Venemaal_asunud_Eesti_seltside_dokumendid, lk 22
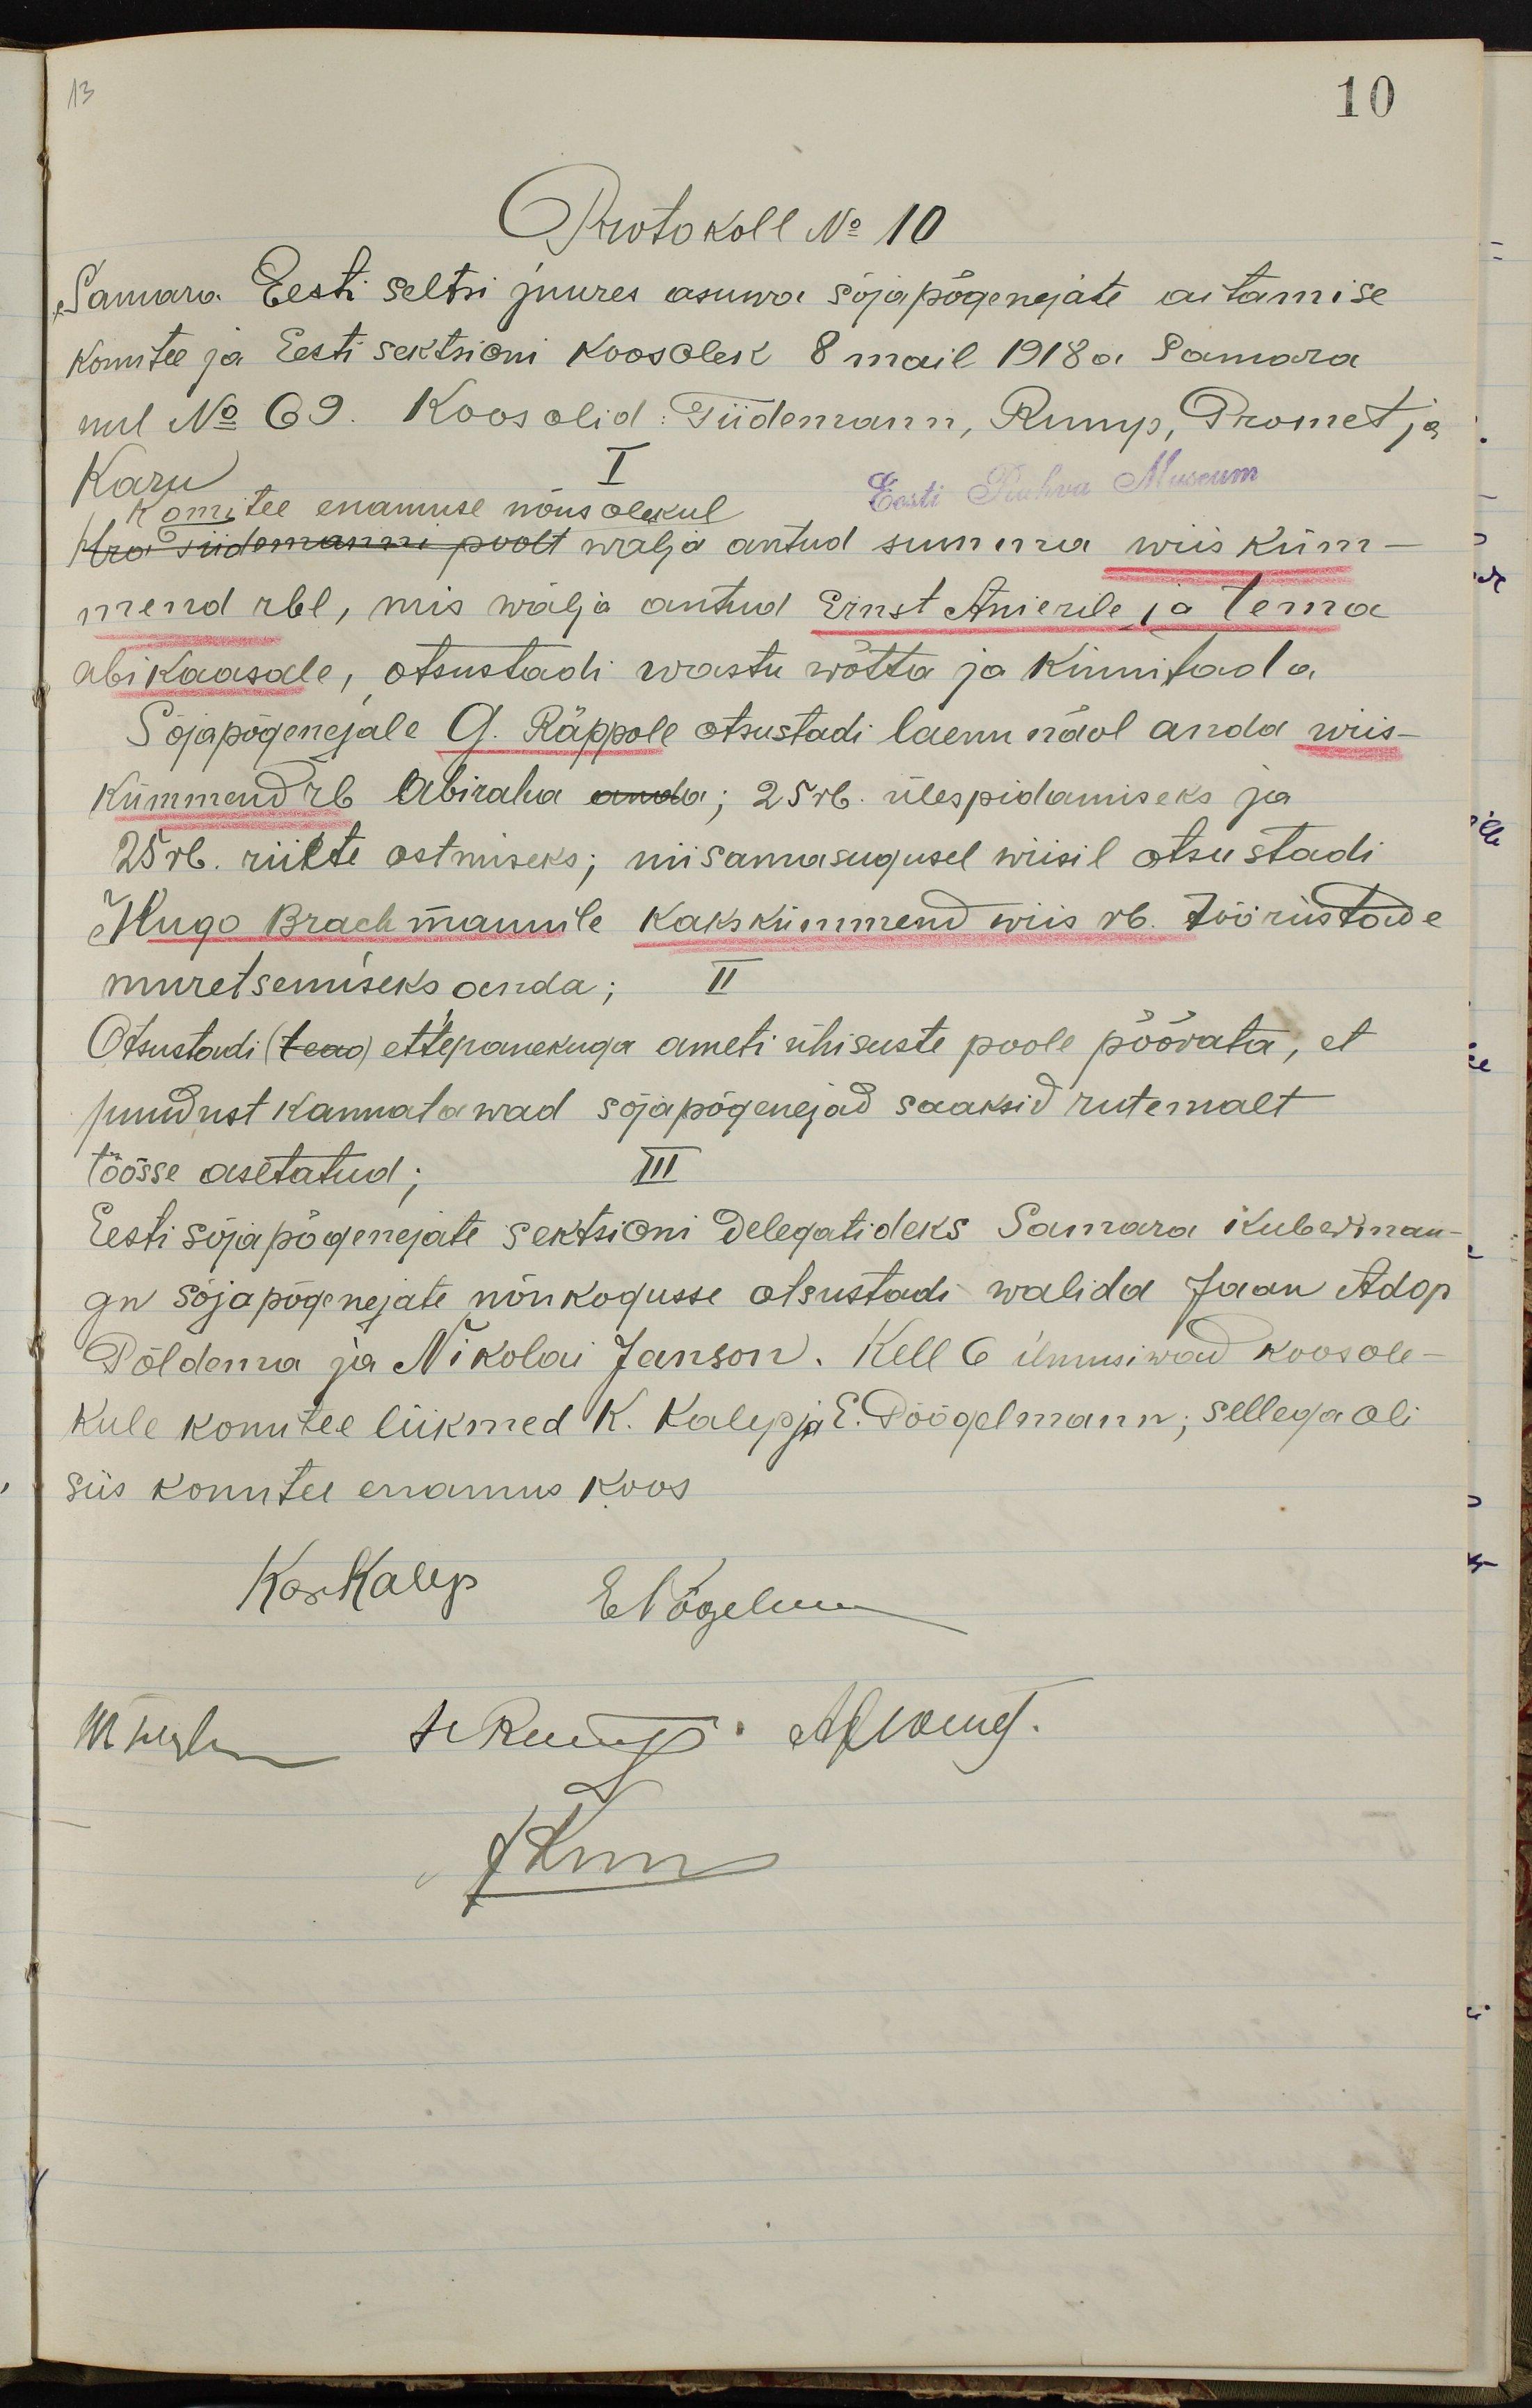
13
10
Protokoll No 10
Samara Eesti seltsi juures asuwa sõjapõgenejate aitamise
komitee ja Eesti sektsioni koosolek 8 mail 1918 a Samara
uul No 69. Koos olid: Tiidemann, Rump, Promet ja
Karu
I
Komitee enamuse nõusolekul
Eesti Rahva Museum
Hra Tiidemanni poolt walja antud summa wiis küm-
mend rbl, mis wälja antud Ernst Anierile ja tema
abikaasale, otsustadi wastu wõtta ja kinnitada
Sõjapõgenejale G. Räppole otsustadi laenu näol anda wiis-
kümmend rb Abiraha anda; 25 rb. ülespidamiseks ja
25 rb. riiete ostmiseks; niisamasugusel wiisil otsustadi
Hugo Brachmannile kakskümmend wiis rb. tööriistade
muretsemiseks anda;
II
Otsustadi (tead) ettepanekuga ameti ühisuste poole pöörata, et
puudust kannatawad sõjapõgenejad saaksid rutemalt
töösse asetatud;
III
Eesti sõjapõgenejate sektsioni delegatideks Samara Kuberma-
ng sõjapõgenejate nõukogusse otsustadi walida Jaan Adop
Põldema ja Nikolai Janson. Kell 6 ilmusiwad koosole-
kule komitee liikmed K. Kalep ja E. Pöögelmann; Sellega oli
siis komitee enamus koos
Kos Kälp Elogeluu
11 rub. 4 kuuus Alisimef-
Ann